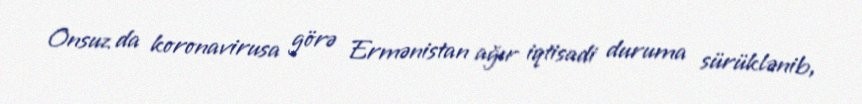
Onsuz da koronavirusa görə Ermənistan ağır iqtisadi duruma sürüklənib,